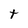
Character: t